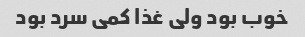
خوب بود ولی غذا کمی سرد بود